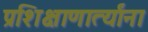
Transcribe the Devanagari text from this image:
प्रशिक्षाणार्त्यांना